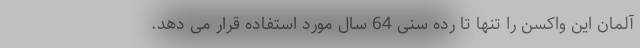
آلمان این واکسن را تنها تا رده سنی 64 سال مورد استفاده قرار می دهد.